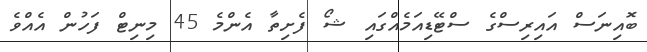
ބޮއިނަސް އައިރިސްގެ ސްޓޭޑިއަމެއްގައި ޝޯ ފެށިތާ އެންމެ 45 މިނިޓް ފަހުން އެއްވެ